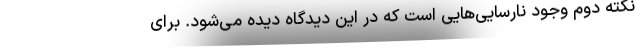
نکته دوم وجود نارسایی‌هایی است که در این دیدگاه دیده می‌شود. برای